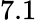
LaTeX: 7.1